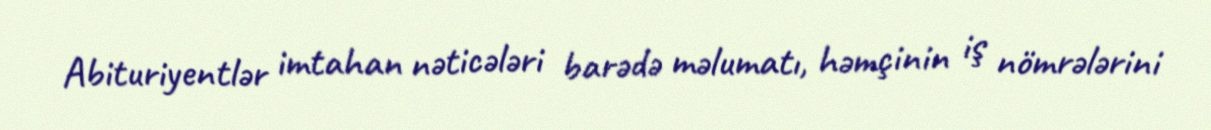
Abituriyentlər imtahan nəticələri barədə məlumatı, həmçinin iş nömrələrini